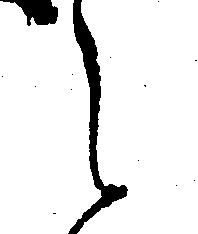
え